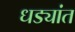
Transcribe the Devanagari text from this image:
धड्यांत